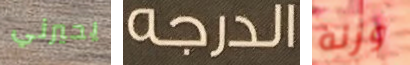
يحيرني الدرجه وزنه